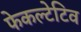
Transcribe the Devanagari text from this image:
फेकल्टेटिव